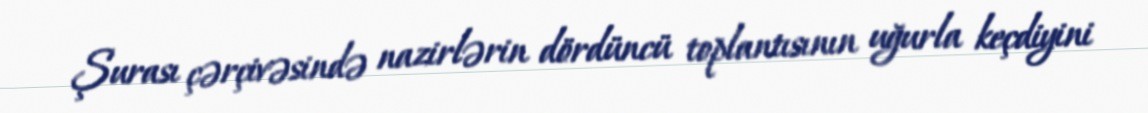
Şurası çərçivəsində nazirlərin dördüncü toplantısının uğurla keçdiyini